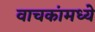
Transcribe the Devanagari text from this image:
वाचकांमध्ये